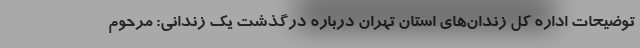
توضیحات اداره کل زندان‌های استان تهران درباره درگذشت یک زندانی: مرحوم